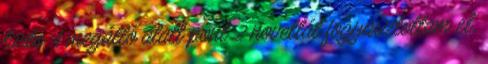
tartó 4 megálló alatt pont 2 novellát fogyasztottam el,